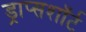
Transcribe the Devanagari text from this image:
ड्राप्सशॉर्ट